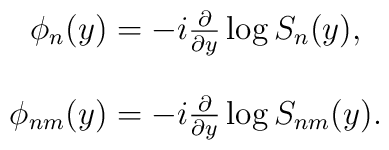
\begin{array}{c}\phi _{n}(y)=-i\frac{\partial }{\partial y}\log S_{n}(y), \\ \\ \phi _{nm}(y)=-i\frac{\partial }{\partial y}\log S_{nm}(y).\end{array}